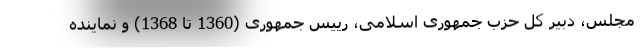
مجلس، دبیر کل حزب جمهوری اسلامی، رییس جمهوری (1360 تا 1368) و نماینده